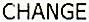
CHANGE